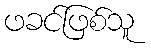
ဖခင်ဖြစ်သူ